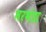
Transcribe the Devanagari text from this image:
भरभंडा